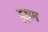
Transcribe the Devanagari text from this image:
इझम